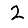
Digit: 2